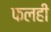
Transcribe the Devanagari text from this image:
फलही